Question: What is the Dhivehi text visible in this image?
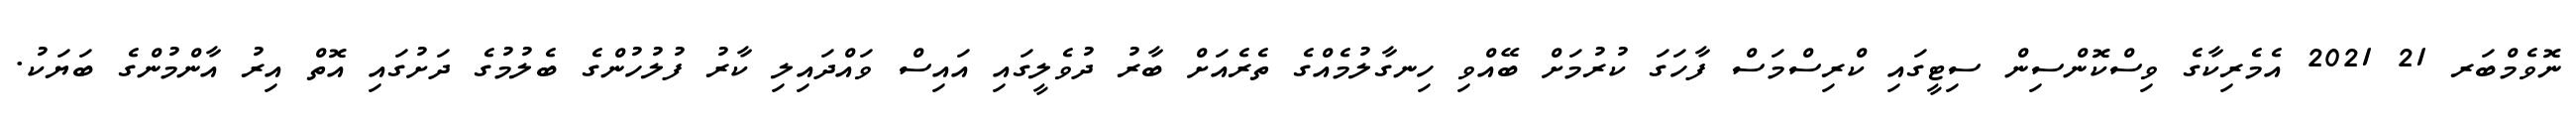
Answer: ނޮވެމްބަރ 21 2021 އެމެރިކާގެ ވިސްކޮންސިން ސިޓީގައި ކްރިސްމަސް ފާހަގަ ކުރުމަށް ބޭއްވި ހިނގާލުމެއްގެ ތެރެއަށް ބާރު ދުވެލީގައި އައިސް ވައްދައިލި ކާރު ފުލުހުންގެ ބެލުމުގެ ދަށުގައި އޮތް އިރު އާންމުންގެ ބަޔަކު.